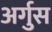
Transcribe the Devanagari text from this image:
अर्गुस